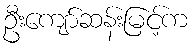
ဦးကျော်ဆန်းမြင့်က